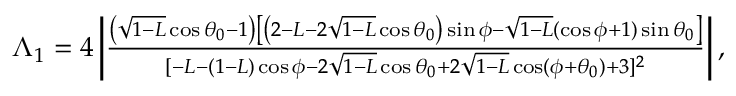
\begin{array} { r } { \Lambda _ { 1 } = 4 \left| \frac { \left( \sqrt { 1 - L } \cos \theta _ { 0 } - 1 \right) \left[ \left( 2 - L - 2 \sqrt { 1 - L } \cos \theta _ { 0 } \right) \sin \phi - \sqrt { 1 - L } ( \cos \phi + 1 ) \sin \theta _ { 0 } \right] } { [ - L - ( 1 - L ) \cos \phi - 2 \sqrt { 1 - L } \cos \theta _ { 0 } + 2 \sqrt { 1 - L } \cos ( \phi + \theta _ { 0 } ) + 3 ] ^ { 2 } } \right| , } \end{array}